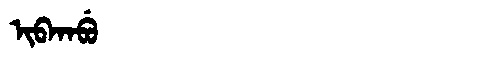
Manchu: ᡳᠪᡴᠠᠪᡠ
Romanization: IBKABU